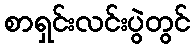
စာရှင်းလင်းပွဲတွင်